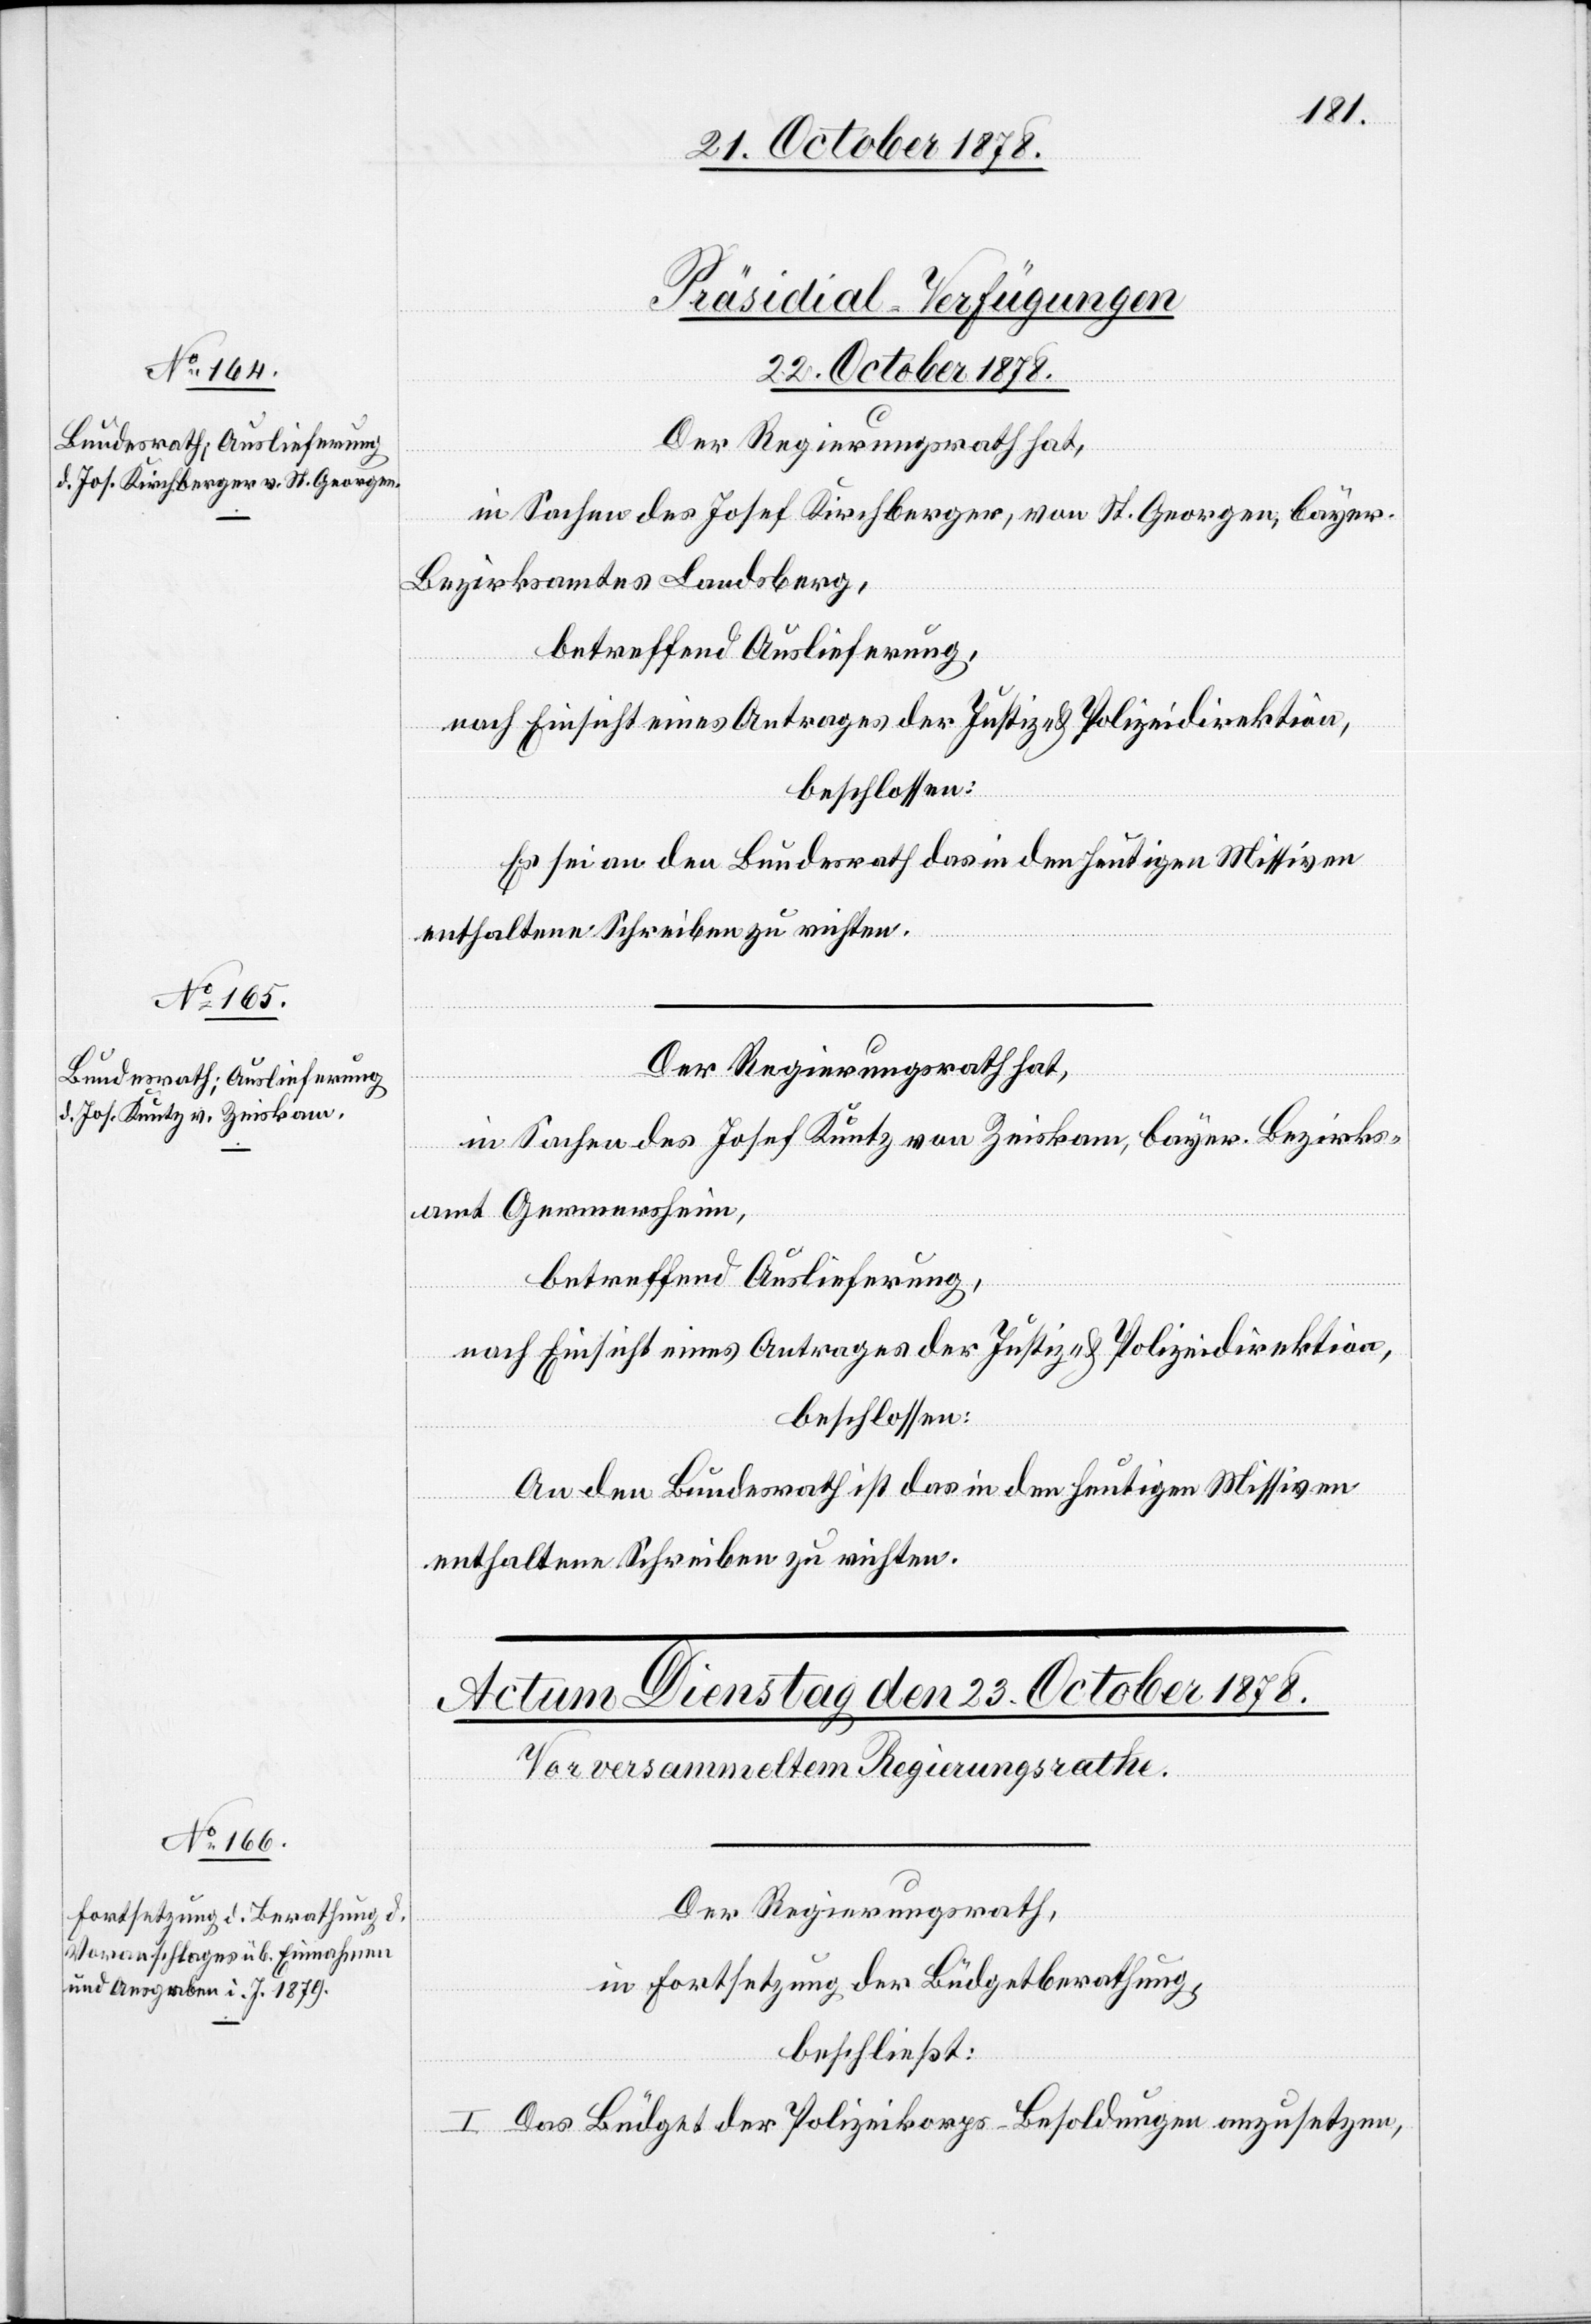
[Präsidial-Verfügungen
22. October 1878.]
Der Regierungsrath hat,
in Sachen des Josef Kirchberger, von St. Georgen, bayer.
Bezirksamtes Landsberg,
betreffend Auslieferung,
nach Einsicht eines Antrages der Justiz- & Polizeidirektion,
beschlossen:
Es sei an den Bundesrath das in den heutigen Missiven
enthaltene Schreiben zu richten.
in Sachen des Josef Kuntz von Zeiskam, bayer. Bezirks¬
amt Germersheim,
betreffend Auslieferung,
nach Einsicht eines Antrages der Justiz- & Polizeidirektion,
beschlossen:
An den Bundesrath ist das in den heutigen Missiven
enthaltene Schreiben zu richten.
Der Regierungsrath,
in Fortsetzung der Büdgetberathung,
beschließt:
I. Das Büdget der Polizeikorps-Besoldungen anzusetzen,